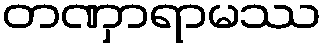
တဏှာရာမဿ